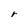
Character: r